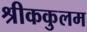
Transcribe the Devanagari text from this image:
श्रीककुलम